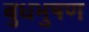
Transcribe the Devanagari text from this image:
बुधभुषण